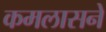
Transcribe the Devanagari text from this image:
कमलासने